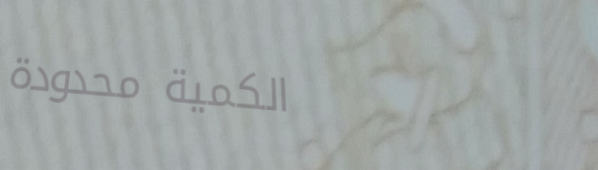
الكمية محدودة